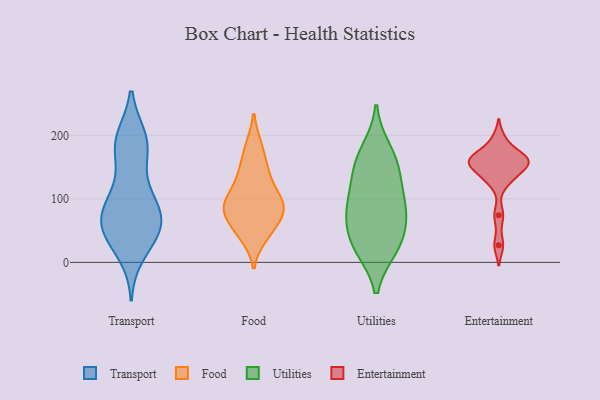
{"axis": {"x": "Backlog", "y": "Value"}, "legend": ["Entertainment", "Food", "Transport", "Utilities"], "data": [{"x": "", "y": 187, "type": "Transport"}, {"x": "", "y": 97, "type": "Transport"}, {"x": "", "y": 194, "type": "Transport"}, {"x": "", "y": 45, "type": "Transport"}, {"x": "", "y": 95, "type": "Transport"}, {"x": "", "y": 59, "type": "Transport"}, {"x": "", "y": 117, "type": "Transport"}, {"x": "", "y": 54, "type": "Transport"}, {"x": "", "y": 74, "type": "Transport"}, {"x": "", "y": 195, "type": "Transport"}, {"x": "", "y": 14, "type": "Transport"}, {"x": "", "y": 72, "type": "Transport"}, {"x": "", "y": 35, "type": "Transport"}, {"x": "", "y": 186, "type": "Transport"}, {"x": "", "y": 51, "type": "Transport"}, {"x": "", "y": 167, "type": "Transport"}, {"x": "", "y": 76, "type": "Transport"}, {"x": "", "y": 183, "type": "Food"}, {"x": "", "y": 87, "type": "Food"}, {"x": "", "y": 90, "type": "Food"}, {"x": "", "y": 121, "type": "Food"}, {"x": "", "y": 150, "type": "Food"}, {"x": "", "y": 183, "type": "Food"}, {"x": "", "y": 86, "type": "Food"}, {"x": "", "y": 50, "type": "Food"}, {"x": "", "y": 41, "type": "Food"}, {"x": "", "y": 87, "type": "Food"}, {"x": "", "y": 141, "type": "Food"}, {"x": "", "y": 141, "type": "Food"}, {"x": "", "y": 91, "type": "Food"}, {"x": "", "y": 59, "type": "Food"}, {"x": "", "y": 96, "type": "Food"}, {"x": "", "y": 73, "type": "Food"}, {"x": "", "y": 79, "type": "Food"}, {"x": "", "y": 43, "type": "Food"}, {"x": "", "y": 109, "type": "Food"}, {"x": "", "y": 80, "type": "Utilities"}, {"x": "", "y": 27, "type": "Utilities"}, {"x": "", "y": 153, "type": "Utilities"}, {"x": "", "y": 28, "type": "Utilities"}, {"x": "", "y": 176, "type": "Utilities"}, {"x": "", "y": 23, "type": "Utilities"}, {"x": "", "y": 84, "type": "Utilities"}, {"x": "", "y": 62, "type": "Utilities"}, {"x": "", "y": 93, "type": "Utilities"}, {"x": "", "y": 153, "type": "Utilities"}, {"x": "", "y": 122, "type": "Utilities"}, {"x": "", "y": 132, "type": "Entertainment"}, {"x": "", "y": 171, "type": "Entertainment"}, {"x": "", "y": 161, "type": "Entertainment"}, {"x": "", "y": 166, "type": "Entertainment"}, {"x": "", "y": 27, "type": "Entertainment"}, {"x": "", "y": 156, "type": "Entertainment"}, {"x": "", "y": 129, "type": "Entertainment"}, {"x": "", "y": 194, "type": "Entertainment"}, {"x": "", "y": 154, "type": "Entertainment"}, {"x": "", "y": 161, "type": "Entertainment"}, {"x": "", "y": 149, "type": "Entertainment"}, {"x": "", "y": 74, "type": "Entertainment"}]}